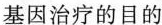
基因治疗的目的